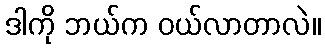
ဒါကို ဘယ်က ဝယ်လာတာလဲ။